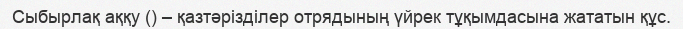
Сыбырлақ аққу () – қазтәрізділер отрядының үйрек тұқымдасына жататын құс.